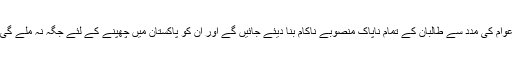
عوام کی مدد سے طالبان کے تمام ناپاک منصوبے ناکام بنا دیئے جائیں گے اور ان کو پاکستان میں چھپنے کے لئے جگہ نہ ملے گی۔